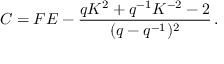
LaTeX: C = F E - \frac { q K ^ { 2 } + q ^ { - 1 } K ^ { - 2 } - 2 } { ( q - q ^ { - 1 } ) ^ { 2 } } \, . \nonumber